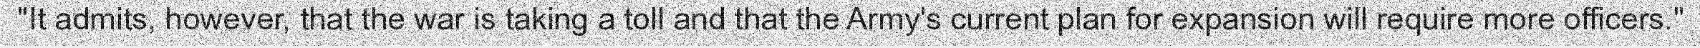
"It admits, however, that the war is taking a toll and that the Army's current plan for expansion will require more officers."